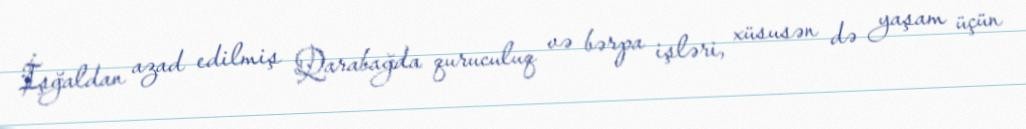
İşğaldan azad edilmiş Qarabağda quruculuq və bərpa işləri, xüsusən də yaşam üçün